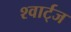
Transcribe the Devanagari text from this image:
श्वार्ट्‌ज